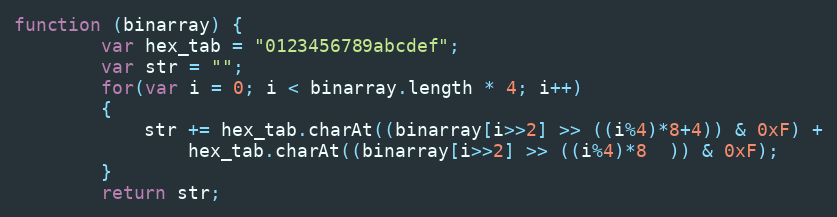
Language: JavaScript
function (binarray) {
        var hex_tab = "0123456789abcdef";
        var str = "";
        for(var i = 0; i < binarray.length * 4; i++)
        {
            str += hex_tab.charAt((binarray[i>>2] >> ((i%4)*8+4)) & 0xF) +
                hex_tab.charAt((binarray[i>>2] >> ((i%4)*8  )) & 0xF);
        }
        return str;